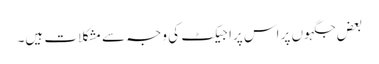
بعض جگہوں پر اس پراجیکٹ کی وجہ سے مشکلات ہیں۔